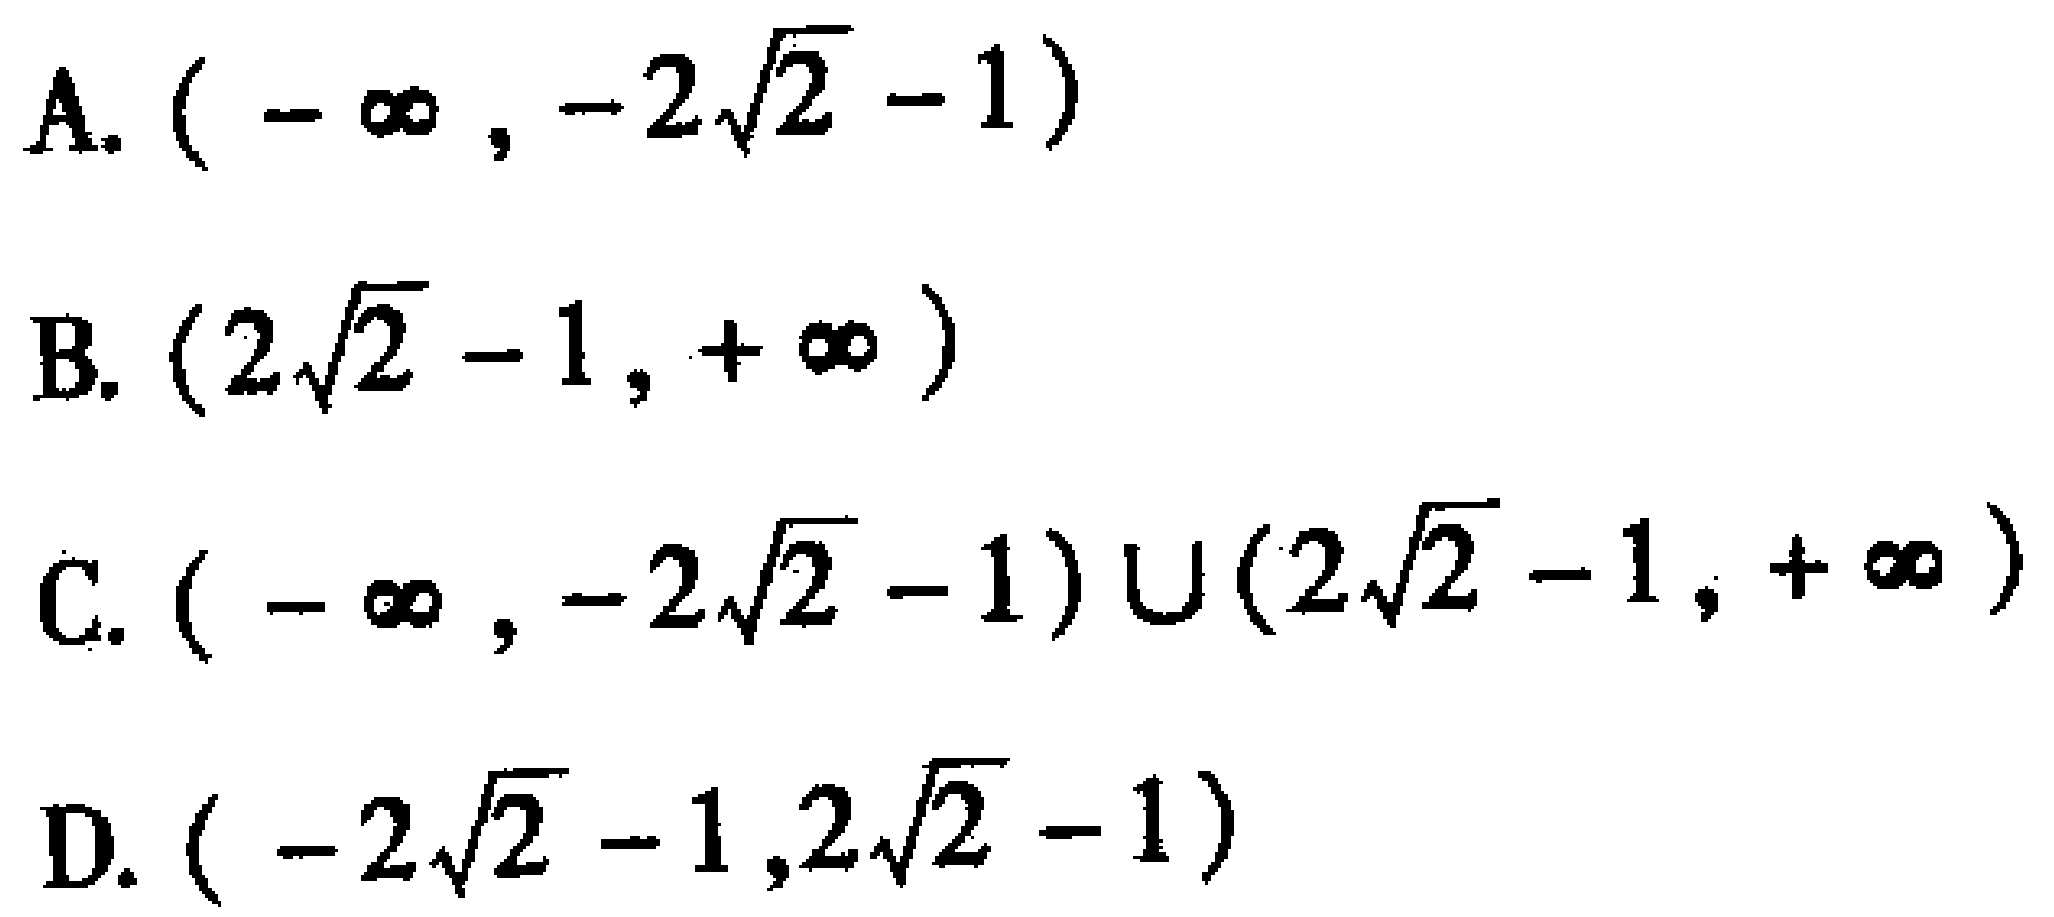
A. \((-\infty,-2\sqrt{2}-1)\)

B. \((2\sqrt{2}-1,+\infty)\)

C. \((-\infty,-2\sqrt{2}-1)\cup(2\sqrt{2}-1,+\infty)\)

D. \((-2\sqrt{2}-1,2\sqrt{2}-1)\)